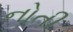
નોતી